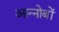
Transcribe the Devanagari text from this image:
आन्नोबों